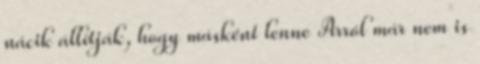
nácik állítják, hogy másként lenne Arról már nem is